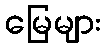
မြေများ